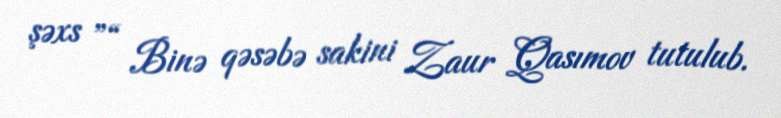
şəxs ”“ Binə qəsəbə sakini Zaur Qasımov tutulub.